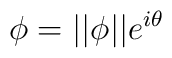
\phi =||\phi ||e^{i\theta }